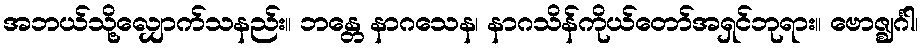
အဘယ်သို့လျှောက်သနည်း။ ဘန္တေ နာဂသေန၊ နာဂသိန်ကိုယ်တော်အရှင်ဘုရား။ ဗောဇ္ဈင်္ဂါ၊